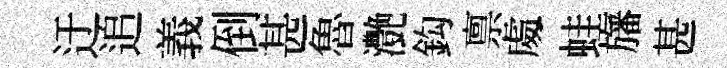
迂追義倒甚魯灔鈎禀䖏蛙旛甚